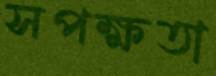
সপক্ষতা